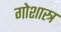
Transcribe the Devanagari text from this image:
गोशास्त्र